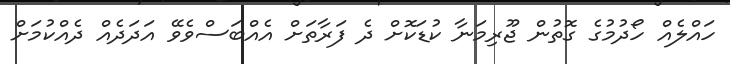
ހައްލެއް ހޯދުމުގެ ގޮތުން ޖޫރިމަނާ ކުޑަކޮށް ދެ ފަރާތަށް އެއްބަސްވެވޭ އަދަދެއް ދެއްކުމަށް